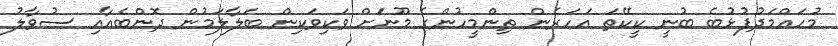
މުހައްމަދުފުޅުބެ ބުނީ ކީކޭތަ އަހަރެން ތިންމީހުންގެ މޫނަށް ވަކިވަކިން ބަލާލަމުން ދޮންބެއާއި ސުވާލު